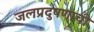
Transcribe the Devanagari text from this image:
जलप्रदुषणाची